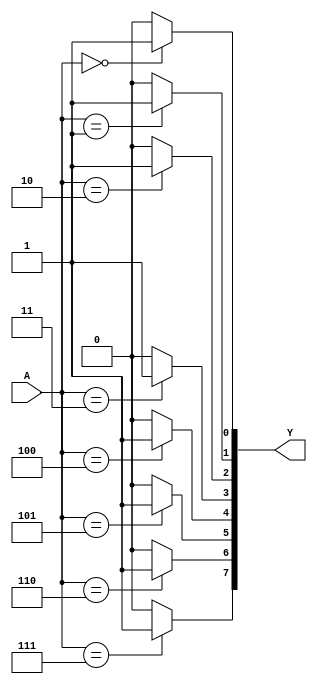
`timescale 1ns / 1ps
//////////////////////////////////////////////////////////////////////////////////
// Company: 
// Engineer: 
// 
// Design Name: 
// Module Name: Decoder38
// Project Name: 
// Target Devices: 
// Tool Versions: 
// Description: 
// 
// Dependencies: 
// 
// Revision:
// Revision 0.01 - File Created
// Additional Comments:
// 
//////////////////////////////////////////////////////////////////////////////////


module Decoder38(A, Y);
    input [2:0]A;
    output reg[7:0] Y;
    integer i;

    always @(A) begin
        Y = 8'b1111_1111;
        for(i = 0; i <=7; i = i + 1)
            if(A == i) // == ===
                Y[i] = 1;
            else
                Y[i] = 0;
    end
endmodule